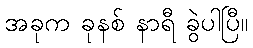
အခုက ခုနစ် နာရီ ခွဲပါပြီ။